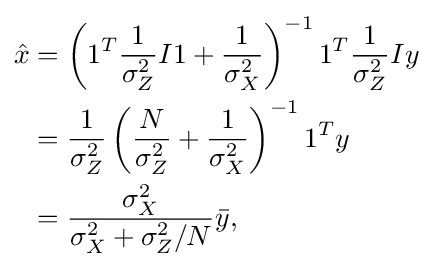
{\begin{aligned}{\hat {x}}&=\left(1^{T}{\frac {1}{\sigma _{Z}^{2}}}I1+{\frac {1}{\sigma _{X}^{2}}}\right)^{-1}1^{T}{\frac {1}{\sigma _{Z}^{2}}}Iy\\&={\frac {1}{\sigma _{Z}^{2}}}\left({\frac {N}{\sigma _{Z}^{2}}}+{\frac {1}{\sigma _{X}^{2}}}\right)^{-1}1^{T}y\\&={\frac {\sigma _{X}^{2}}{\sigma _{X}^{2}+\sigma _{Z}^{2}/N}}{\bar {y}},\end{aligned}}